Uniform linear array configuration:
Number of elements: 12
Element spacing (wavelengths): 0.25
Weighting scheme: blackman
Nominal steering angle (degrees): -30
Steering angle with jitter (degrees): -31.349
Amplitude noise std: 0.05
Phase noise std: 0.05

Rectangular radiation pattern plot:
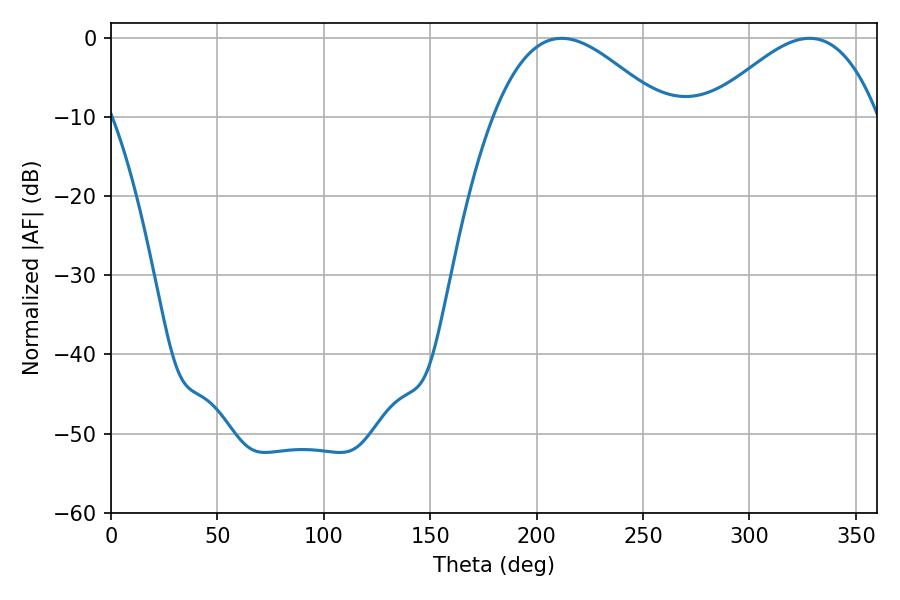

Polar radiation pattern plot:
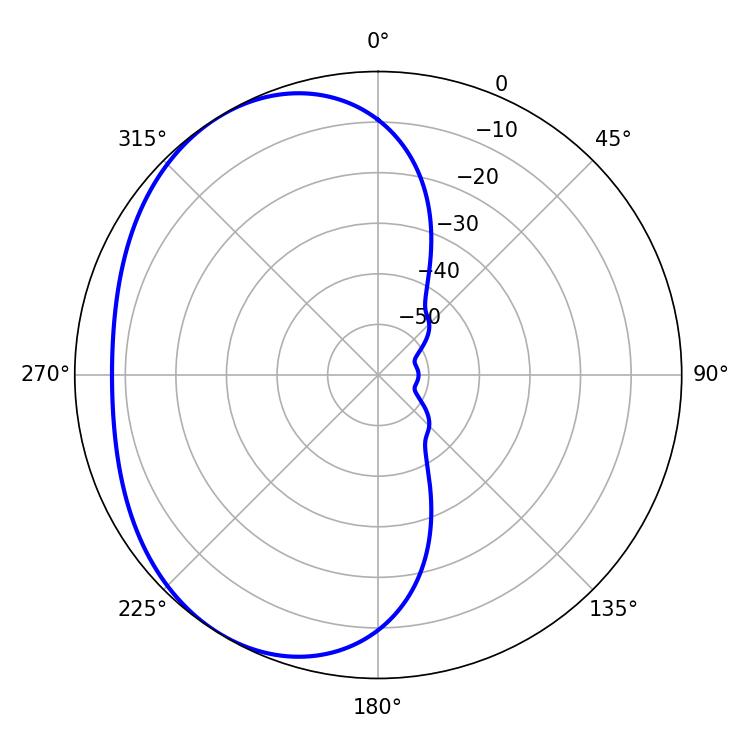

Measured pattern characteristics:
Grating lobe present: FALSE
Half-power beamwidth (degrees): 43.2
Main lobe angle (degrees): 211.68